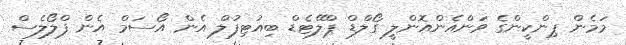
މަމެން ޕިންކީންގެ ވަންއެންއޮންލީ ގޯލްޑް ޕްލޭޓެޑް ބިއުޓިފުލް އެން އޯސަމް އެން ފްލޯލެސް